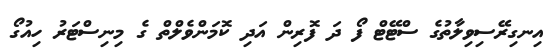
އިނގިރޭސިވިލާތުގެ ސްޓޭޓް ފޯ ދަ ފޮރިން އަދި ކޮމަންވެލްތް ގެ މިނިސްޓަރު ހިއުގޯ